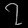
Digit: ၇